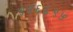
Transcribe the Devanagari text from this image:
५५६६९५